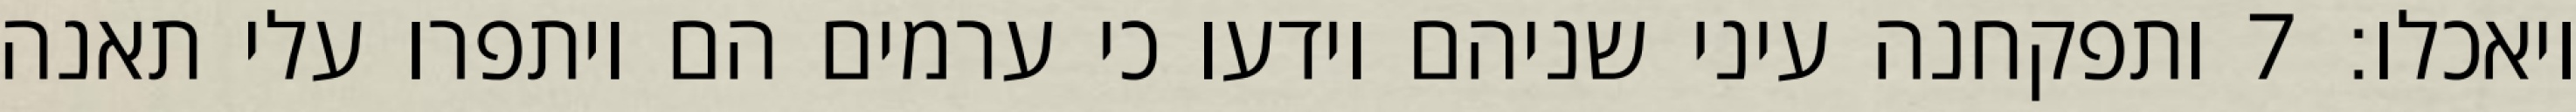
ויאכלו׃ ‎7‏ ותפקחנה עיני שניהם וידעו כי ערמים הם ויתפרו עלי תאנה